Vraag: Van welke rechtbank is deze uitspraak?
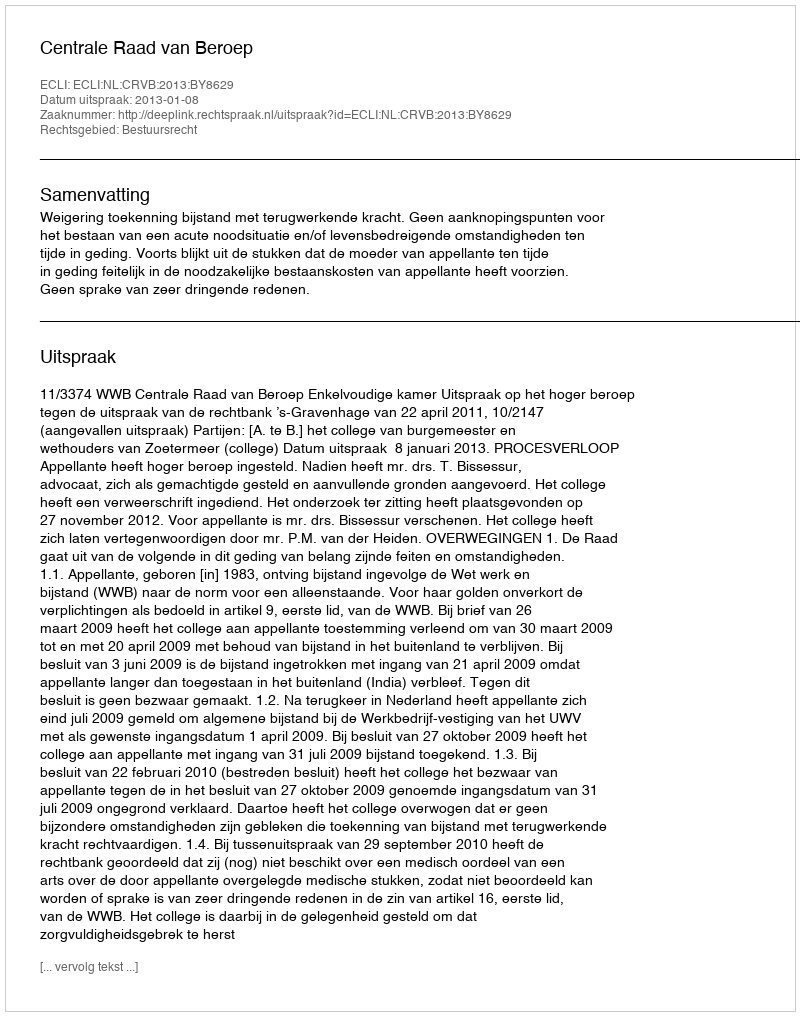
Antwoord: Centrale Raad van Beroep